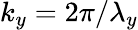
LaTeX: k_{y}=2\pi/\lambda_{y}